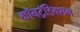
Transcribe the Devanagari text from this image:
कॉनट्रॅडिक्शन